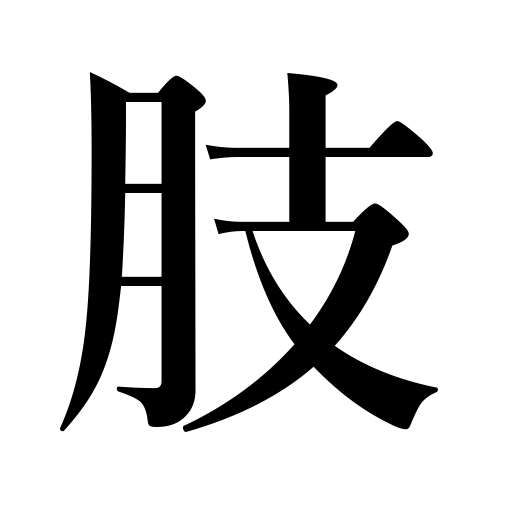
Meanings: arms and legs,limbs